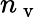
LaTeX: n_{\mathrm{~v~}}